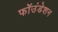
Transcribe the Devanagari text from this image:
फॉउंडेशन